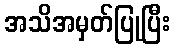
အသိအမှတ်ပြုပြီး